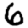
Digit: 6